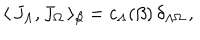
\langle \, { J } _ { \Lambda } , { J } _ { \Omega } \, \rangle _ { \beta } = c _ { \Lambda } ( \beta ) \, \delta _ { \Lambda \Omega } \, ,